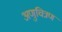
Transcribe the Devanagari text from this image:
अणुचित्रण